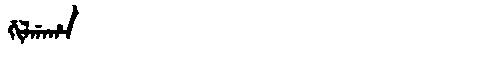
Manchu: ᡤᡳᠯᡤᠠᡥᠠ
Romanization: GILGAHA